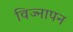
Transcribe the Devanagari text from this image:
विज्नापन